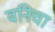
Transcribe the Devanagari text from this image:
वनिचा